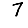
Digit: 7